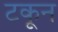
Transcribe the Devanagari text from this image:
टकून